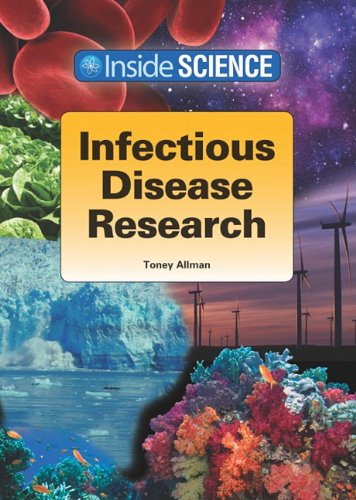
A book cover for Infectious Disease Research (Inside Science); Toney Allman; Teen & Young Adult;